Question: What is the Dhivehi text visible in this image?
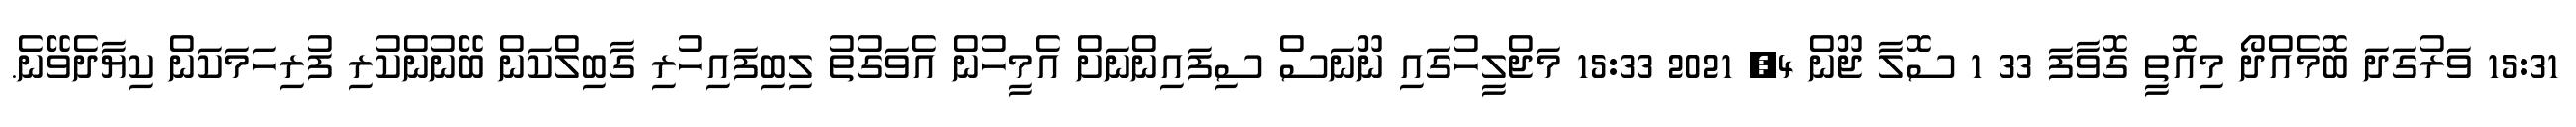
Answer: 15:31 ވަރުގަދަ ބޮމެއްދޯ މިއޮތީ ގޮވާފަ 33 1 ސޮލާ ޖޫން 4, 2021 15:33 މަޖްލީހުގައި ނޫނަސް ސިފައިންނަށް އެމީހުން އެވަގުތު ލިބިފައިހުރި ގާބިލްކަން ބޭނުންކުރި ފުރިހަމަކަން ކިޔާދެވޭނެ.